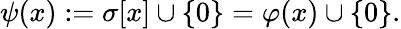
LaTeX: \psi(x):=\sigma[x]\cup\{ 0\} =\varphi(x)\cup\{ 0\} .